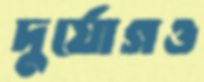
দুর্যোগও